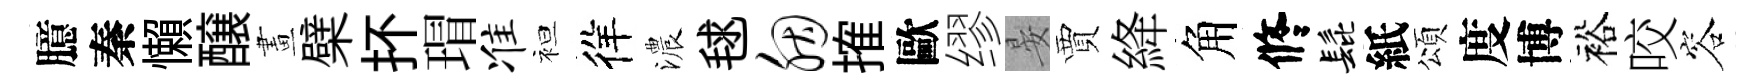
臆秦懶醸畫檗抔瑁准袒徉濃毬胭搉歐缪晏賈絳角修髭紙頌度博裕咬容